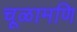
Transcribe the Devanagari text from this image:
चूळामणि